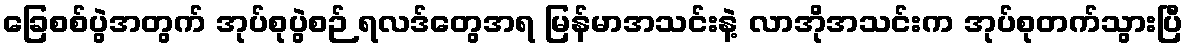
ခြေစစ်ပွဲအတွက် အုပ်စုပွဲစဉ် ရလဒ်တွေအရ မြန်မာအသင်းနဲ့ လာအိုအသင်းက အုပ်စုတက်သွားပြီ